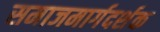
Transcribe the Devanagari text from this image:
समाजमार्गदर्शक